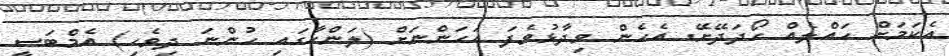
އެކަމަށް ހައްލެއް ހޯދަދޭށޭ. އެހެން ވިދާޅުވެފަ އަހަންނަށް (ލަންކާގައި ހުންނަ ދިވެހި) އެމްބަސީ